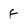
Character: f